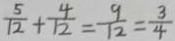
\frac { 5 } { 1 2 } + \frac { 4 } { 1 2 } = \frac { 9 } { 1 2 } = \frac { 3 } { 4 }